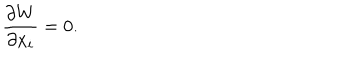
LaTeX: \frac { \partial W } { \partial x _ { i } } = 0 .